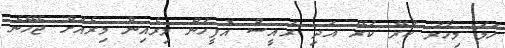
ހަމަ މިހާރު ކުރޭ ކުރޭ އަދި ރައީސް އޮފީހުން މިރެއިން މިރެއަށް ޖެހޭނެ